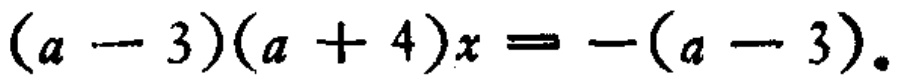
\((a - 3)(a + 4)x = -(a - 3)\)